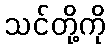
သင်တို့ကို